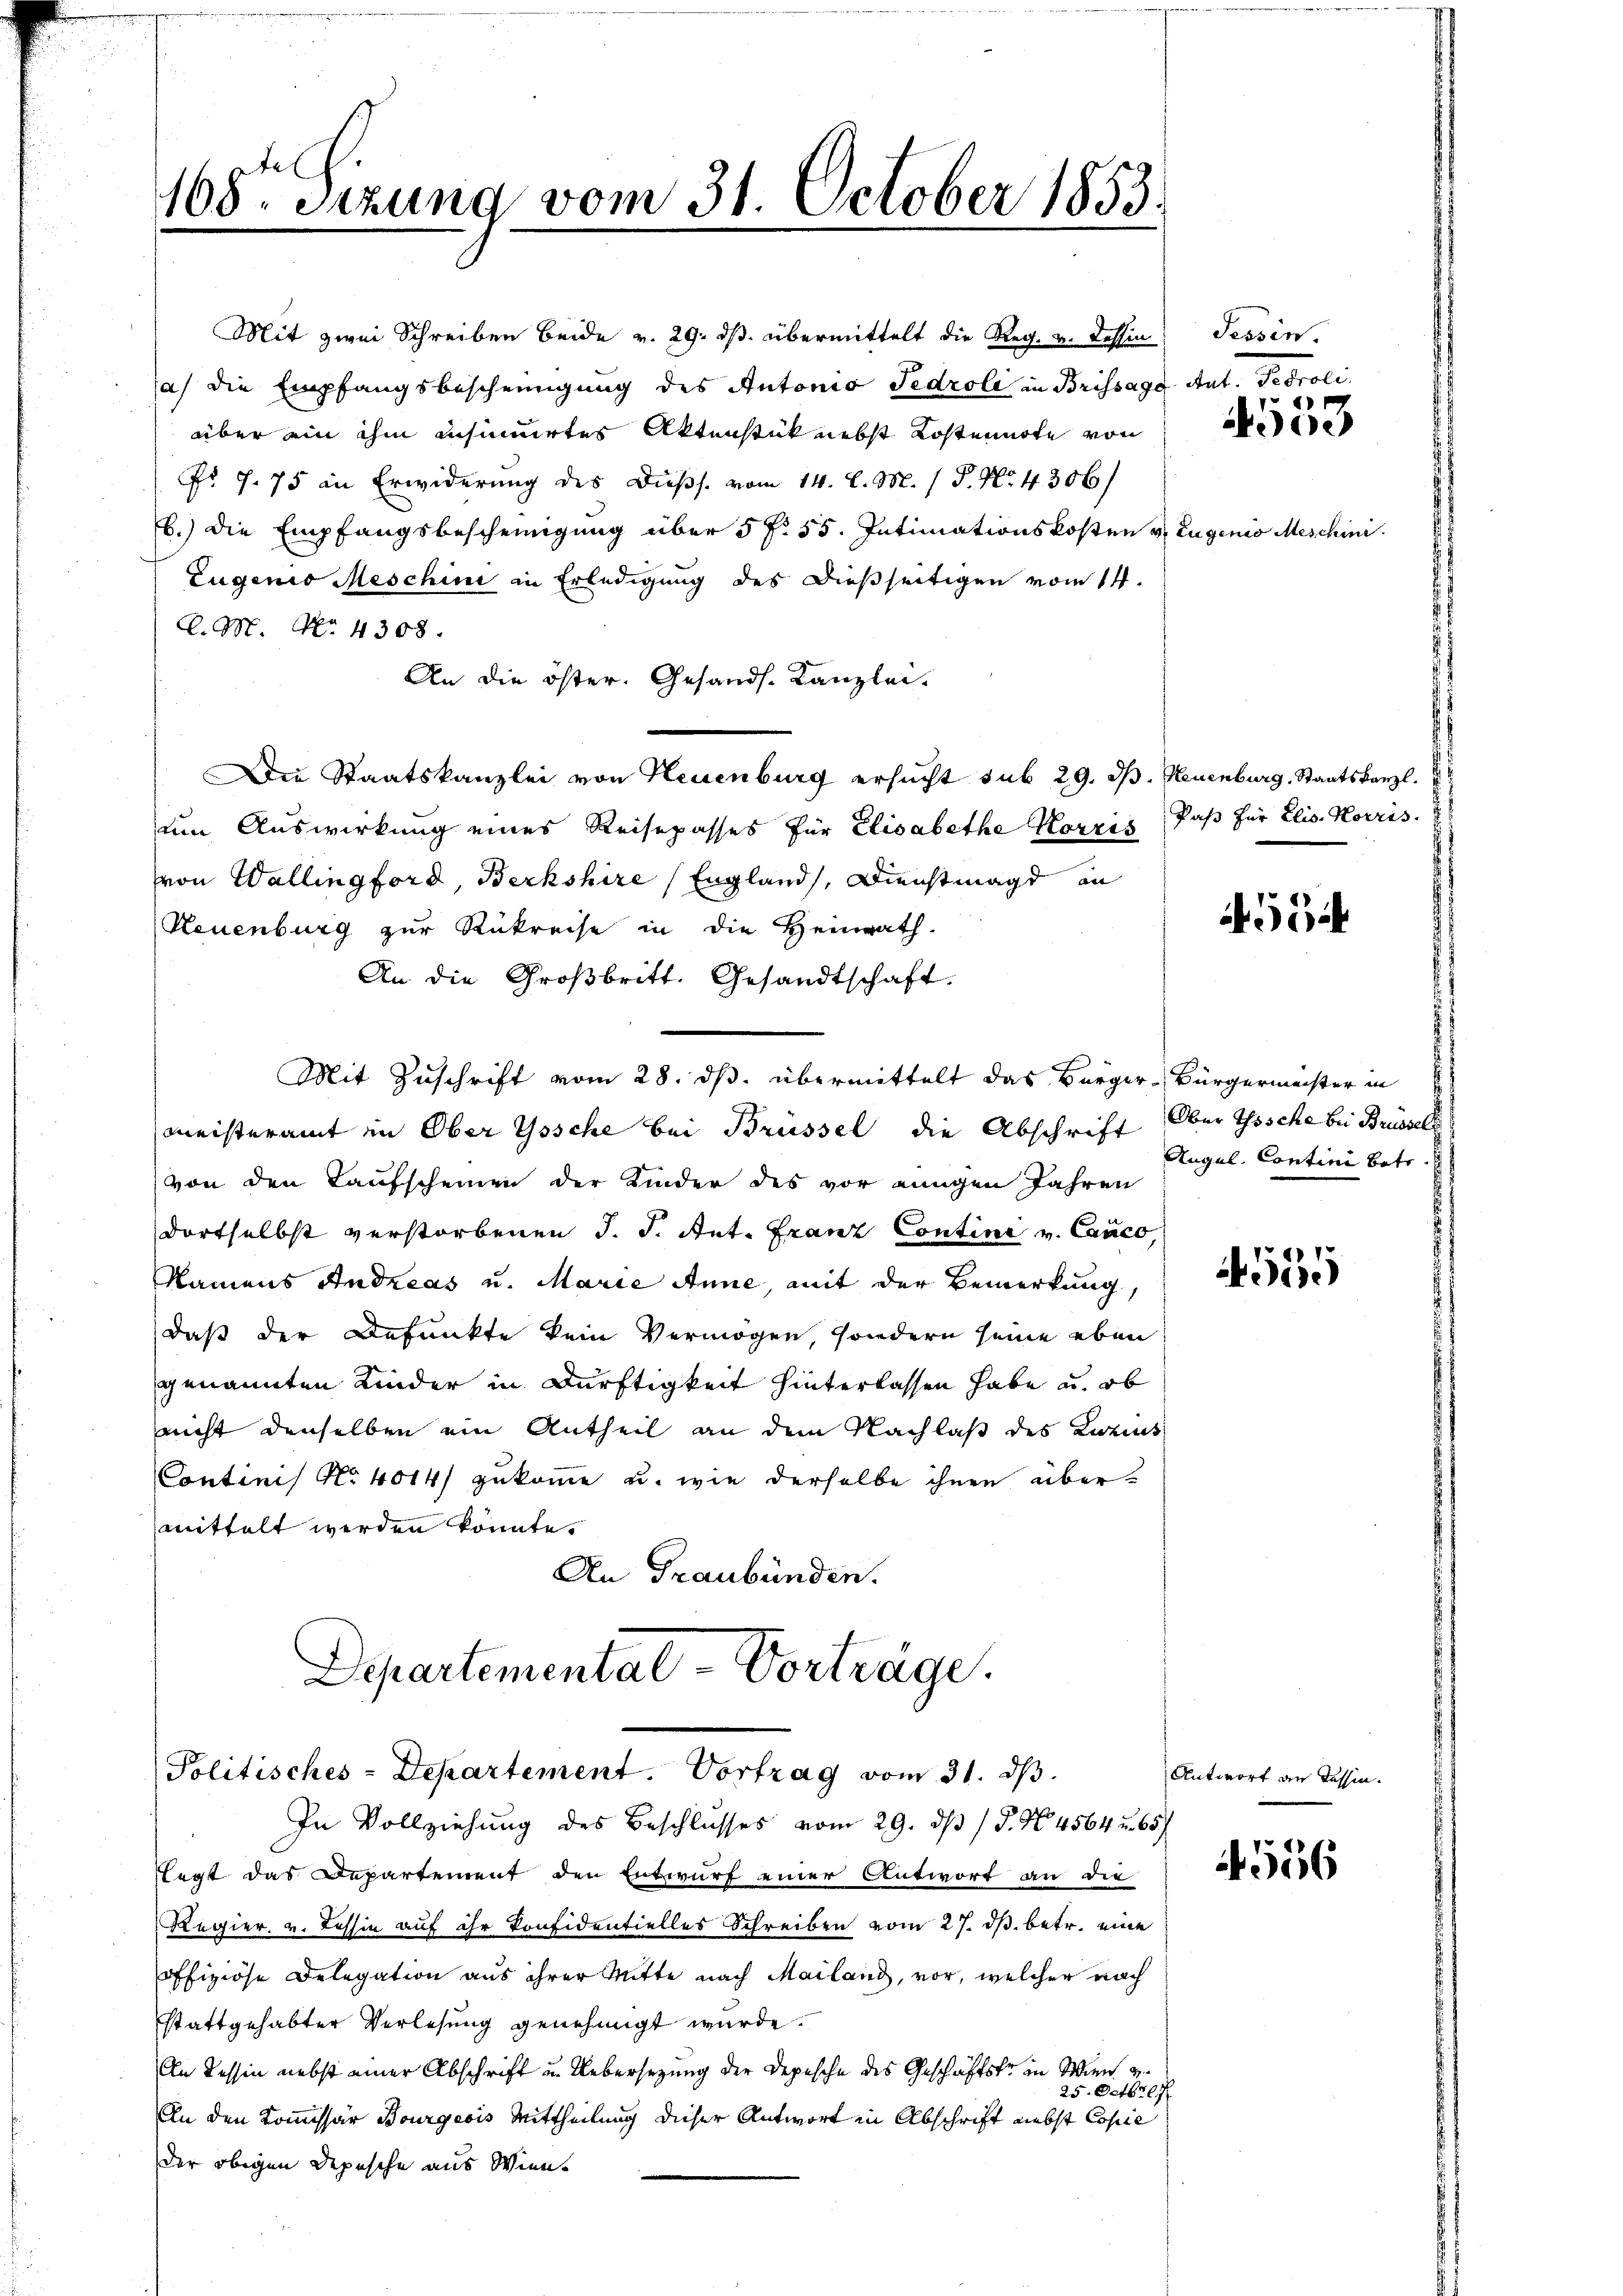
168te Sitzung vom 31. October 1853.

Mit zwei Schreiben beide v. 29. ds. übermittelt die Reg. v. Tessin; Tessin.
a) die Empfangsbescheinigung des Antonio Fedroli in Brissage Ant. Peoroli
über ain ihm insinuirtes Aktenstück nebst Kostenirte von
Nr. 7. 75 an Erwiderung des Dießs. vom 14. d. M. / P. Nr. 4306/
b.) die Empfangsbescheinigung über 5 f: 55. Intimationskosten v. Eugenio Meschini
Eugenio Meschini in Erledigung des dießseitigen vom 14.
C. M. No. 4308.
An die öster. Gesands- Kanzlei.
Die Staatskanzlei von Neuenburg ersucht sub 29. ds. Neuenburg, Staatskanzl.
um Auswirkung eines Reisepasses für Elisabethe Korris, daβ für Elis. Korris.
von Wallingford, Beckshire England, Dienstmagd an
Neuenburg zur Rükreise in die Heinrath.
An die Großbritt. Gesandtschaft.
Mit Zuschrift vom 28. ds. übermittelt das Bürger-Bürgermeister in
meisteramt im Ober Yosche bei Brüssel die Abschrift Ober Tische bei Brüssell
von den Kaufscheinen der Kinder des vor einigen Jahren
dortselbst verstorbenen J. J. Ant. Franz Contini v. Canco
Namens Andreas u. Marie Anne, mit der Bemerkung,
daß der Befunkte kein Vermögen, sondern seine eben
genannten Kinder in Dürftigkeit hinterlassen habe u. ob
nicht denselben ein Antheil an dem Nachlaß des Katas
Continis No 4014/ zukomme u. wie derselbe ihnen übermittelt werden könnte.
An Graubünden.

Departemental-Vorträge.
Politisches-Departement. Vortrag vom 31. dβ.

In Vollziehung des Beschlusses vom 29. ds P. No. 4564 u. 65
legt das Departement den Entwurf einer Antwort an die
Regier. v. Tessin auf ihr Konfidentielles Schreiben vom 27. ds. betr. eine
offiziöse Delegation aus ihrer Mitte nach Mailand, vor, welcher nach
stattgehabter Verlesung genehmigt wurde.
An Tessin nebst einer Abschrift und Uebersetzung der Depesche des Geschäftste in Wien v
25. Octbret
An den Kommissär Bourgeois Mittheilung dieser Antwort in Abschrift nebst Copie
der obigen Depesche aus Wiene

4553

56

Augul. Contini betr.

565

Antwort an Tessin.

4556